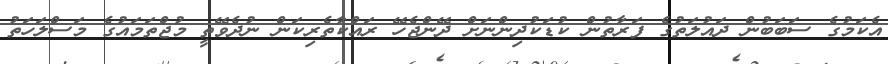
އެކަމުގެ ސަބަބުން ދައުލަތުގެ ފަރާތުން ކުޑަކުދިންނަށް ދޭންޖެހޭ ރައްކާތެރިކަން ނުދެވޭތީ މުޖްތަމައުގެ މަސްލަހަތު